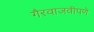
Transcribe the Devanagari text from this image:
गैरवाजवीपणे